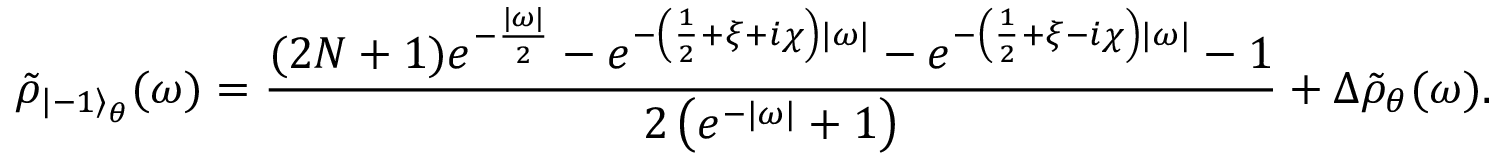
\tilde { \rho } _ { { \left| - 1 \right\rangle } _ { \theta } } ( \omega ) = \frac { ( 2 N + 1 ) e ^ { - \frac { | \omega | } { 2 } } - e ^ { - \left( \frac 1 2 + \xi + i \chi \right) | \omega | } - e ^ { - \left( \frac 1 2 + \xi - i \chi \right) | \omega | } - 1 } { 2 \left( e ^ { - | \omega | } + 1 \right) } + \Delta \tilde { \rho } _ { \theta } ( \omega ) .